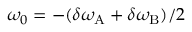
\omega _ { 0 } = - ( \delta \omega _ { \mathrm { A } } + \delta \omega _ { \mathrm { B } } ) / 2